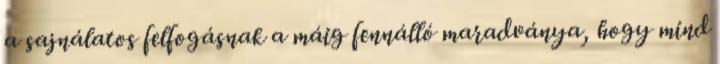
a sajnálatos felfogásnak a máig fennálló maradványa, hogy mind